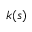
k ( s )